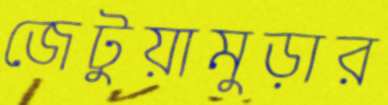
জেটুয়ামুড়ার